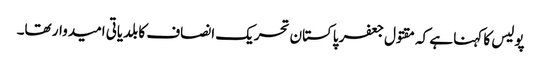
پولیس کا کہنا ہے کہ مقتول جعفر پاکستان تحریک انصاف کا بلدیاتی امیدوار تھا۔